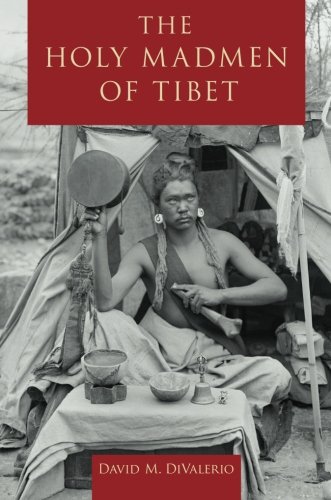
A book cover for The Holy Madmen of Tibet; David M. DiValerio; Religion & Spirituality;